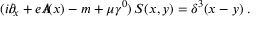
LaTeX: ( i \partial \! \! \! \slash _ { x } + e A \! \! \! \slash ( x ) - m + \mu \gamma ^ { 0 } ) \, S ( x , y ) = \delta ^ { 3 } ( x - y ) \; .